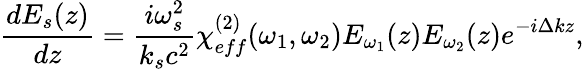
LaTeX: \frac{dE_{s}(z)}{dz}=\frac{i\omega_{s}^{2}}{k_{s}c^{2}}\chi_{eff}^{(2)}(\omega_{1},\omega_{2})E_{\omega_{1}}(z)E_{\omega_{2}}(z)e^{-i\Delta kz},